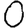
Digit: 0